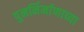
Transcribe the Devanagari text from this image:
पुनर्निर्माणाच्या